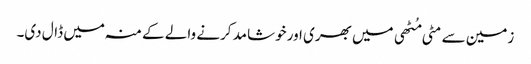
زمین سے مٹی مُٹھی میں بھری اور خوشامد کرنے والے کے منہ میں ڈال دی۔